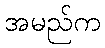
အမည်က